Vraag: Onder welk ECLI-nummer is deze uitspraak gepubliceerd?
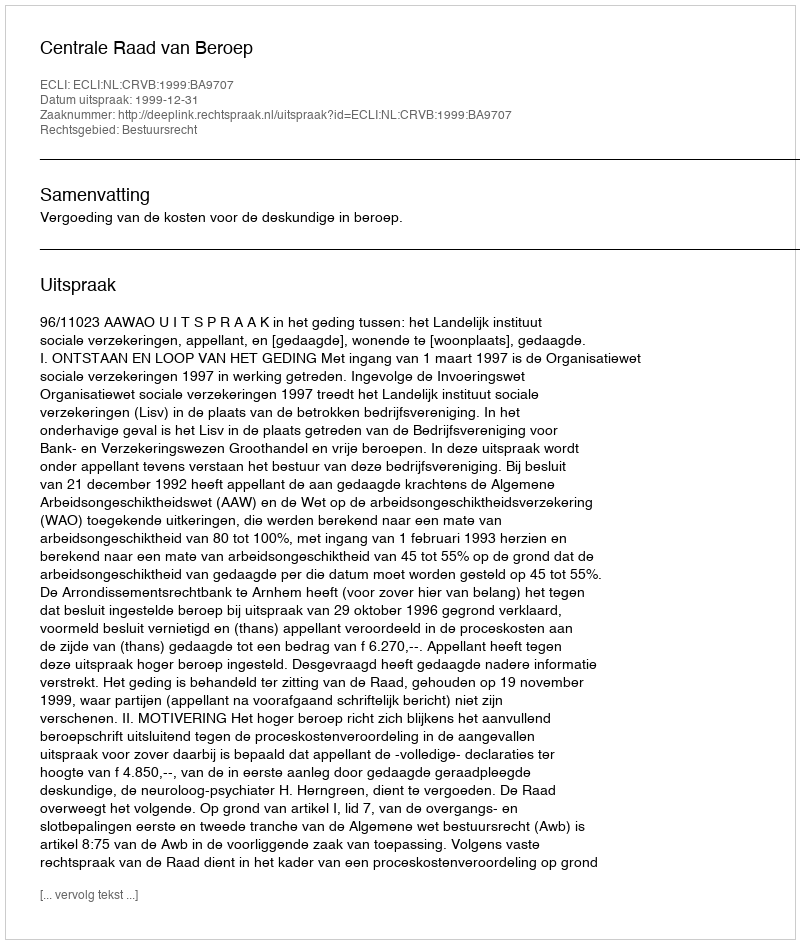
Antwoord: ECLI:NL:CRVB:1999:BA9707